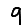
Digit: 9